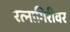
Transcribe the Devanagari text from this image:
रत्‍नागिरीवर